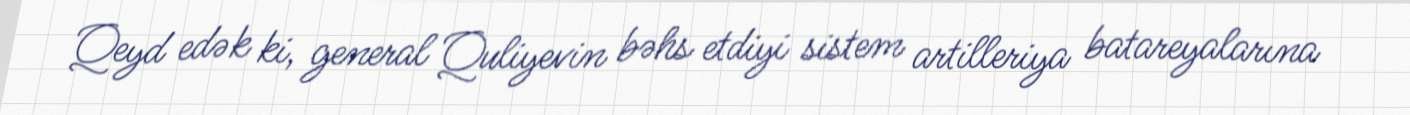
Qeyd edək ki, general Quliyevin bəhs etdiyi sistem artilleriya batareyalarına